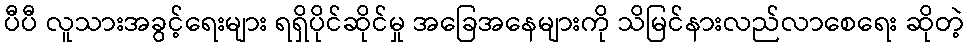
ပီပီ လူသားအခွင့်ရေးများ ရရှိပိုင်ဆိုင်မှု အခြေအနေများကို သိမြင်နားလည်လာစေရေး ဆိုတဲ့